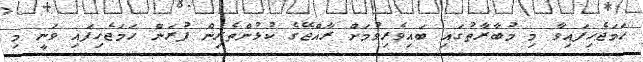
ހަމަޖެހިފައިވާ މި މުބާރާތުގައި ބައިވެރިވުމަށް ރާއްޖޭގެ ކުޅުންތެރިން ފުރަން ހަމަޖެހިފައި ވަނީ މި